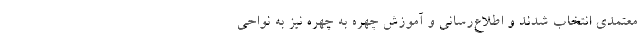
معتمدی انتخاب شدند و اطلاع‌رسانی و آموزش چهره به چهره نیز به نواحی